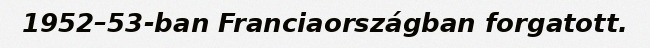
1952–53-ban Franciaországban forgatott.